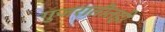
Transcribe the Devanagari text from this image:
गुजरातीतही